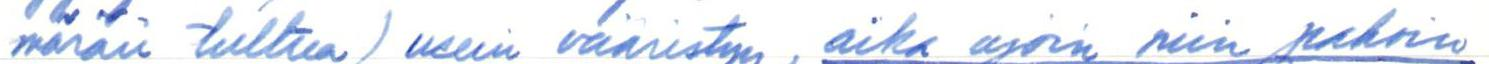
märän tultua) usein vääristyy, aika ajoin niin pahoin